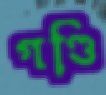
গণ্ডি